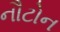
નૌટોન